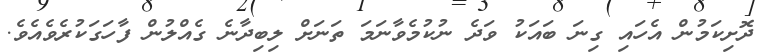
ދޮށިކަމުން އެހައި ގިނަ ބައަކު ވަދެ ނުކުމެވާނަމަ ތަނަށް ލިބިދާނެ ގެއްލުން ފާހަގަކުރެވެއެވެ.